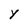
Character: Y